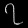
Digit: ၇